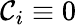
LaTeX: \mathcal{C}_{i}\equiv0